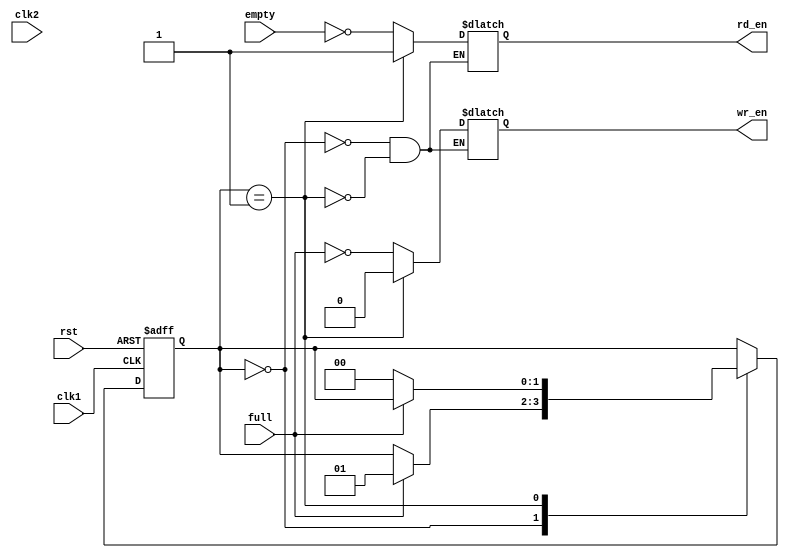
module fifo_timing_control(
    input wire clk1, // Clock input for domain 1
    input wire clk2, // Clock input for domain 2
    input wire rst, // Reset signal
    input wire full, // Full signal from FIFO buffer
    input wire empty, // Empty signal from FIFO buffer
    output reg wr_en, // Write enable signal
    output reg rd_en // Read enable signal
);

reg [1:0] state;

// State machine for timing control
always @(posedge clk1 or posedge rst) begin
    if (rst) begin
        state <= 2'b00; // Reset state
    end else begin
        case (state)
            2'b00: begin
                if (full) begin
                    state <= 2'b01; // Transition to state 1 if FIFO is full
                end
            end
            2'b01: begin
                if (!full) begin
                    state <= 2'b00; // Transition back to state 0 if FIFO is not full
                end
            end
        endcase
    end
end

// Data transfer control based on state machine
always @* begin
    case (state)
        2'b00: begin
            wr_en = !full; // Write enable when FIFO is not full
            rd_en = !empty; // Read enable when FIFO is not empty
        end
        2'b01: begin
            wr_en = 0; // Write disable when FIFO is full
            rd_en = 1; // Read enable when FIFO is full
        end
    endcase
end

endmodule